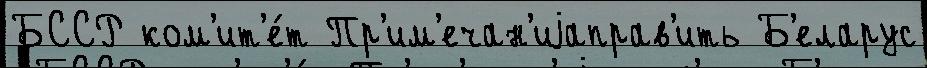
БССР ком'ит'е́т Пр'им'ечан'иjаправ'ить Б'еларус